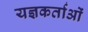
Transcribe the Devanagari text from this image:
यज्ञकर्ताओं